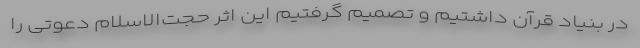
در بنیاد قرآن داشتیم و تصمیم گرفتیم این اثر حجت‌الاسلام دعوتی را